system: You are a helpful assistant.
user:
Analyze the provided spectrum to determine if it is a **"Cataclysmic Variables (CV)"**.

- **Key Indicators for CV (Check for either state):**
    - **State 1: Quiescent / Low-State (Emission-Dominated)**
        - **(Primary):** Strong and *very broad* Hydrogen Balmer emission lines (e.g., $H\alpha$ at 6563 Å, $H\beta$ at 4861 Å). The 'broadness' (high velocity dispersion, often FWHM > 1000 km/s) is the key diagnostic, indicating a high-velocity accretion disk.
        - **(Secondary):** Broad neutral Helium (He I) emission lines (e.g., 5876 Å, 6678 Å).
        - **(Key Confirmation):** Presence of high-excitation *ionized* Helium (He II) emission at 4686 Å. This is a strong indicator of accretion onto a white dwarf.
        - **(Line Profile):** Emission lines may exhibit a 'double-peaked' profile, which is a classic signature of a rotating accretion disk viewed at high inclination.

    - **State 2: Outburst / High-State (Absorption-Dominated)**
        - **(Primary):** Spectrum is dominated by a bright, blue continuum (looks like a hot star).
        - **(Secondary):** The emission lines from State 1 are weak, absent, or 'filled in', and are replaced by broad, shallow *absorption* lines (primarily Balmer and He I).
        - **(Morphology):** The overall spectrum mimics a hot B/A-type star. The crucial difference is that the absorption lines are significantly broader, shallower, and more 'washed-out' (or 'smeared') than the sharp lines of a normal stellar photosphere, due to high rotational speeds and pressure broadening in the disk.

Think first, call **spectral_visualization_tool** if needed to examine features in detail, then provide your final answer. Your response must adhere to the following strict rules:
1.  **Overall Structure:** Your response must follow the format `<think>...</think> <tool_call>...</tool_call> (if a tool is used) <answer>...</answer>`.
2.  **Tool Usage Constraint:** You may only make **one** tool call per turn.
3.  **Final Answer Format:** In the `<answer>` tag, your conclusion must be inside a `\boxed{}` command (e.g., `\boxed{YES}`), followed by your justification.

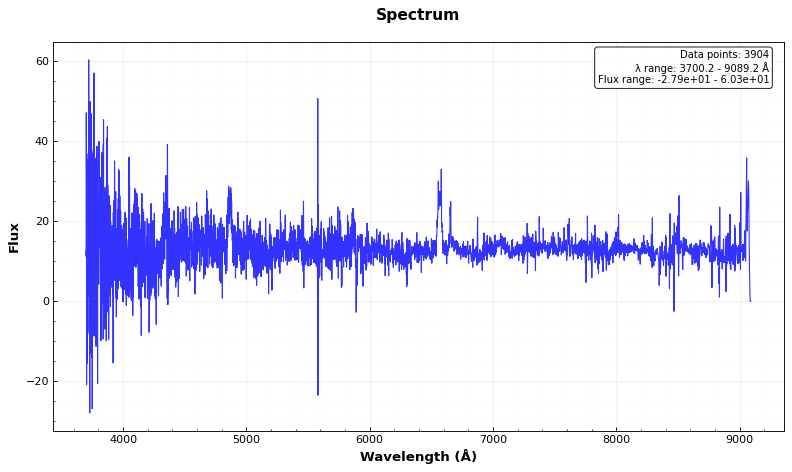
Answer: YES